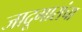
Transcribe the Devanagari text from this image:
जादूगारांचा